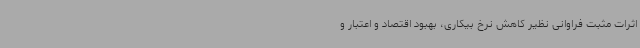
اثرات مثبت فراوانی نظیر کاهش نرخ بیکاری، بهبود اقتصاد و اعتبار و